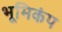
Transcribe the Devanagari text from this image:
भूमिकंप